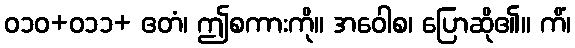
ဝ၁၀+ဝ၁၁+ ဧတံ၊ ဤစကားကို။ အဝေါစ၊ ပြောဆို၏။ ကိံ၊